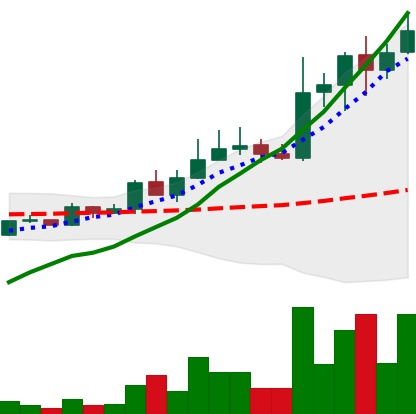
Ticker: LINK-USD
Chart end date: 2019-05-19
Forward return: 34.456%
Label: up_7plus